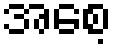
အစေ့